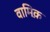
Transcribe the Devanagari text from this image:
वामिक़